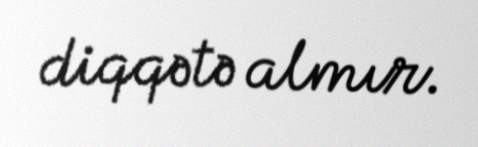
diqqətə almır.